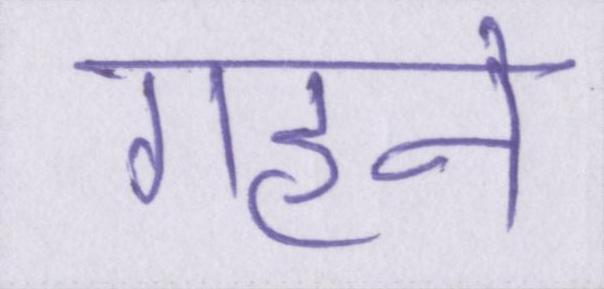
गहने